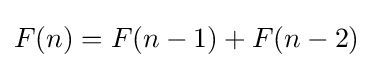
F(n)=F(n-1)+F(n-2)